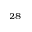
^ { 2 8 }